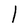
Character: l